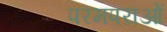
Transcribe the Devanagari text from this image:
परमपराओं